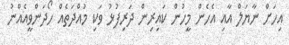
އިހަށް ނާޔަލް އާއި އެހެން މީހުން ކައިރިން ދަރިފުޅު ވަކި މުއްދަތެއް ހޯދަންވީއެއްނު